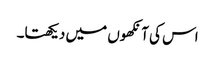
اس کی آنکھوں میں دیکھتا۔